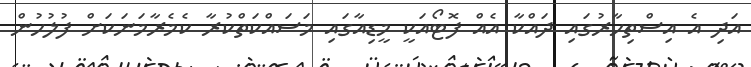
އަދި އެ އިސްތިހާރުގައި ދައްކާ އެއް ފޮޓޯއަކީ މީޑިއާގައި މަސައްކަތްކުރާ ކެމެރާމަނަކަށް ފުލުހުން